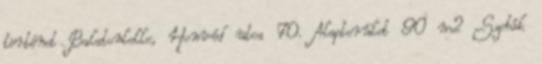
történet Balatonlelle, Honvéd utca 70. Alapterület 90 m2 Szobák